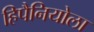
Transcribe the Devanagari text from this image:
हिपैनियोला